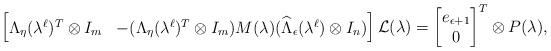
LaTeX: \begin{align*}\begin{bmatrix}\Lambda_\eta(\lambda^\ell)^T\otimes I_m & -(\Lambda_\eta(\lambda^\ell)^T\otimes I_m)M(\lambda)(\widehat{\Lambda}_\epsilon(\lambda^\ell)\otimes I_n)\end{bmatrix}\mathcal{L}(\lambda)=\begin{bmatrix}e_{\epsilon+1} \\ 0\end{bmatrix}^T\otimes P(\lambda),\end{align*}